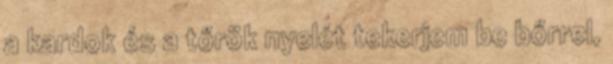
a kardok és a tőrök nyelét tekerjem be bőrrel,